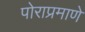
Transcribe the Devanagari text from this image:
पोराप्रमाणे